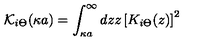
{ \mathcal K _ { i \Theta } } ( \kappa a ) = \int _ { \kappa a } ^ { \infty } d z z \left[ K _ { i \Theta } ( z ) \right] ^ { 2 }